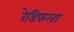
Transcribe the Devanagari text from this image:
रेडिफला